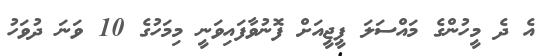
އެ ދެ މީހުންގެ މައްސަލަ ޕީޖީއަށް ފޮނުވާފައިވަނީ މިމަހުގެ 10 ވަނަ ދުވަހު